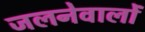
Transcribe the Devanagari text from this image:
जलनेवालों